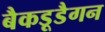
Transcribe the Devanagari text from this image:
बैकडूडैगन